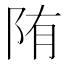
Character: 陏